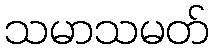
သမာသမတ်